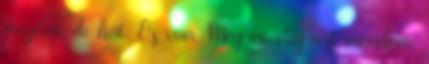
megélni, de hát. Ez van. Még mindig azt mondom,